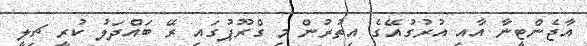
އާޖެންޓީނާ އާއި އުރުގުއޭގެ އިތުރުން މި ގްރޫޕުގައި ރޭ ބައްދަލު ކުރީ ޗިލީ